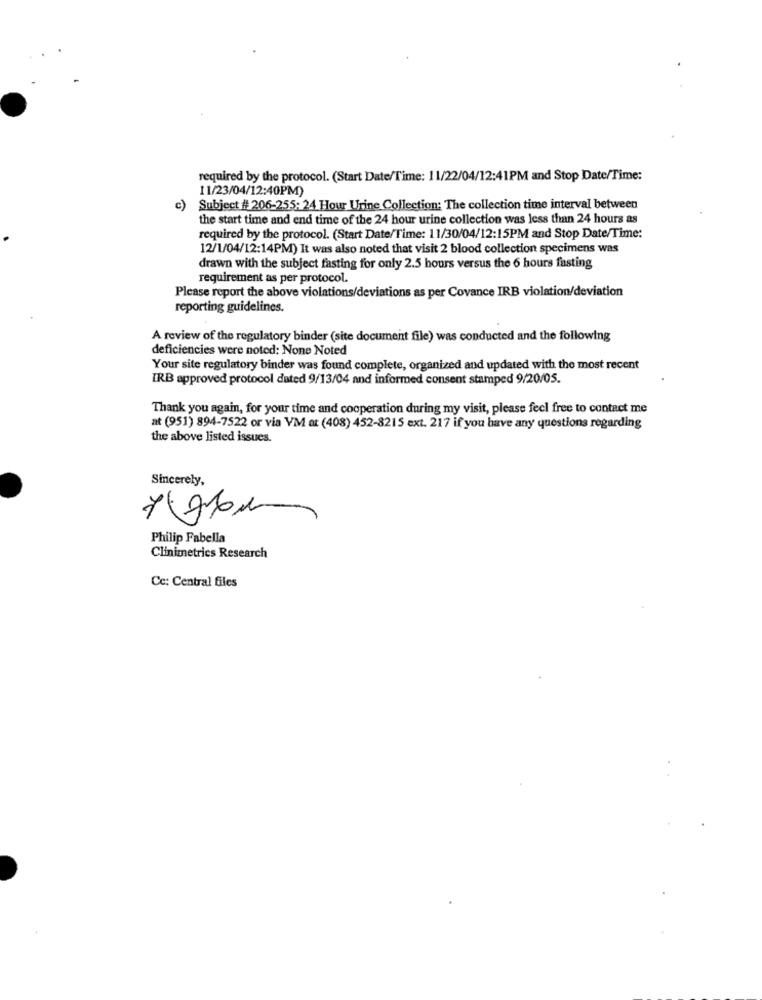
required by the protocol. (Start Date/Time: 11/22/04/12:41PM and Stop Date/Time:
11/23/04/12:40PM)
c)
Subject # 206-255: 24 Hour Urine Collection: The collection time interval between
the start time and end time of the 24 hour urine collection was less than 24 hours as
required by the protocol. (Start Date/Time: 11/30/04/12:15PM and Stop Date/Time:
12/1/04/12:14PM) It was also noted that visit 2 blood collection specimens was
drawn with the subject fasting for only 2.5 hours versus the 6 hours fasting
requirement as per protocol.
Please report the above violations/deviations as per Covance IRB violation/deviation
reporting guidelines.
A review of the regulatory binder (site document file) was conducted and the following
deficiencies were noted: None Noted
Your site regulatory binder was found complete, organized and updated with the most recent
IRB approved protocol dated 9/13/04 and informed consent stamped 9/20/05.
Thank you again, for your time and cooperation during my visit, please feel free to contact me
at (951) 894-7522 or via VM at (408) 452-8215 ext. 217 if you have any questions regarding
the above listed issues.
Sincerely,
Philip Fabella
Clinimetrics Research
Cc: Central files